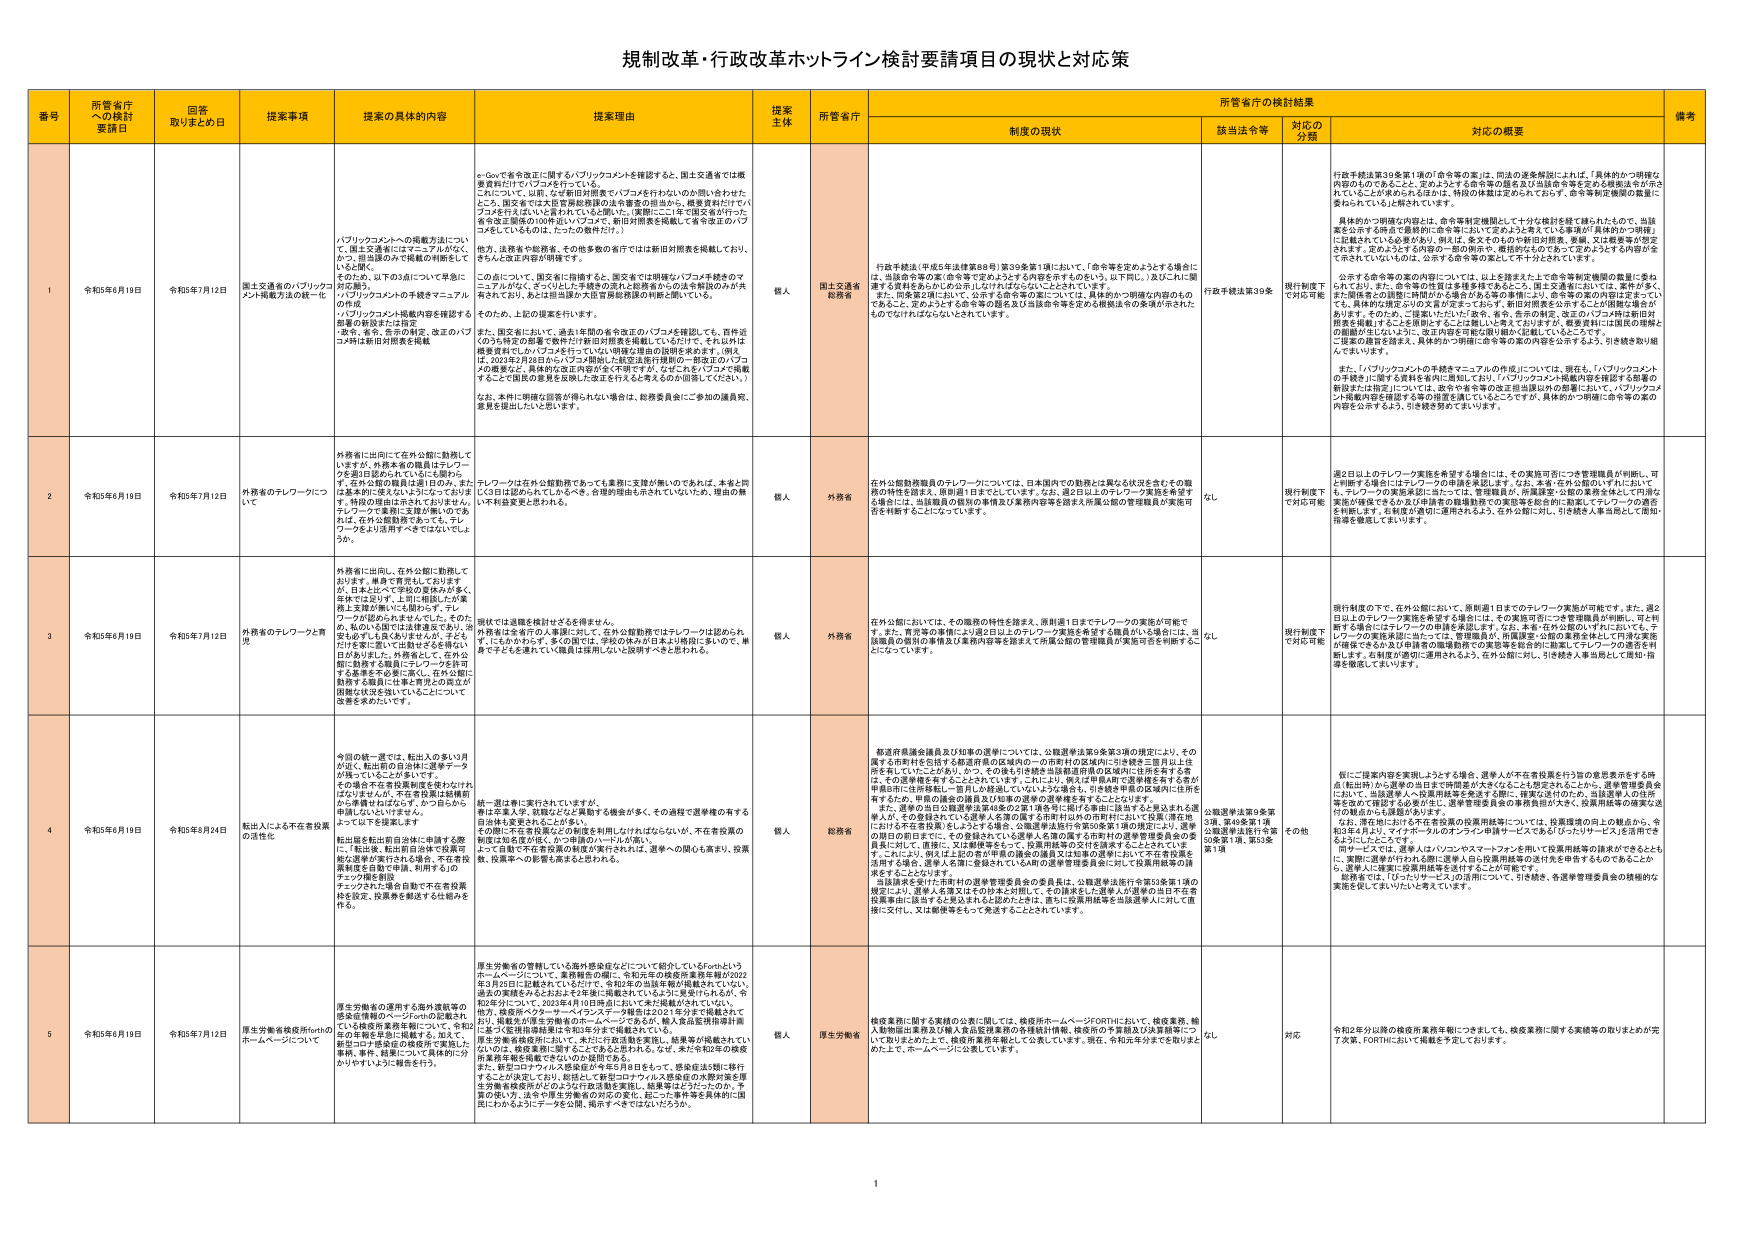
規制改革・行政改革ホットライン検討要請項目の現状と対応策

番号 所管省庁への検討要請日 回答取りまとめ日 提案事項 提案の具体的内容 提案理由 提案主体 所管庁 制度の現状 該当法令等 対応の分類 対応の概要 備考

1 令和5年6月19日 令和5年7月12日 国土交通省のバブリックコメント掲載方法の統一化 バブリックコメントの掲載方法について、国土交通省にはマニュアルがないか？、担当課のみで掲載の判断をしていないか？ そのため、以下の3点について早急に対応を要請。 1.バブリックコメントの手続きマニュアルの作成 2.バブリックコメント掲載内容を掲載する部署の新設または指定 3.愛知、東京、奈良の航空、改正のバブコメは事前対照表を掲載 e-Govで年令改正に関するバブリックコメントを確認すると、国土交通省では概要資料だけやバブコメを行っている。これについて、以前、なぜ新旧対照表でバブコメを行わないのか問い合わせたところ、国交省では大官僚局設置の法令審査の担当から、概要資料だけにバブコメを行うことはいいと言われていると聞いた。（実際にはここ1年で国交省が行った各令改正関連の内容はバブコメで、新旧対照表を掲載して各令改正のバブコメをしているものも、たったの数件だけ。） 地方、法務省や総務省、その他多数の省庁では新旧対照表を掲載しており、きちんと改正内容が明確です。 この点について、国交省に指摘すると、国交省では明確なバブコメ手続きのマニュアルがない、そこらしが、手続きの混乱も生じるのを回避のため共有されており、あとは担当課の大官僚局設置の判断に頼っている。 そのため、上記の提案を行います。 また、国交省において、過去1年間の各令改正のバブコメを確認しても、西件近のうち特定の部署で数件だけ新旧対照表を掲載しているだけで、それ以外は概要資料でしかバブコメを行っていない明確な理由の説明を求めます。（例えば、2021年2月28日にバブコメ開始した航空法施行規則の一部改正のバブコメの概要など、具体的な改正内容が全く不明ですが、なぜこのもバブコメで掲載するこでで国民の意見を反映した改正を行うと考えるのか説明してください。） なお、本件に明確な回答が得られない場合は、総務委員会にご参加の議員宛、要望を提出したいと思います。 個人 国土交通省 総務省 行政手続法（平成5年法律第88号）第39条第1項において、「命令等を定めようとする場合に、当該命令等の案（命令等で定めるようとする内容を示すものもいえ、以下同じ。）及びこれに関連する資料を公表しなければならない」とされています。 また、同条第2項において、公示する命令等の案については、具体的かつ明確な内容のものであると、定めるようとする命令等の趣旨及び当該命令等を定める根拠法令の条項が示されたものでなければならないとされています。 行政手続法第39条 現行制度下で対応可能 行政手続法第39条第1項の「命令等の案」は、同法の定義解釈によれば、「具体的かつ明確な内容のものであることと、定めようする命令等の趣旨及び当該命令等を定める根拠法令が示されていることが求められるのは、特段の件数は定められておらず、命令等制定機関の裁量に委ねられている」と解されています。 具体的かつ明確な内容とは、命令等制定機関として十分な検討を経たものとして、当該案を公示する時点で最終的に命令等において定めようと考えている事項が「具体的かつ明確」に記載されている必要があります。例えば、案そのもののや新旧対照表、要綱、又は概要等が想定されます。定めようとする内容の一部の例示や、概要的なものであって定めようとする内容が全く示されていないものは、公示する命令等の案として不十分とされています。 公示する命令等の案の内容については、以上を踏まえた上で命令等制定機関の裁量に委ねられており、また、命令等の性質は多種多様であること、国土交通省においては、案件が多く、一関係者との調整に時間がかかる場合がある等の事情により、命令等の案の内容は定まっていても、具体的な改正の切り口まで定まっておらず、新旧対照表を公示することが困難な場合があります。そのため、一括案にわたった「案を、考え、告示の様式、改正のバブコメ時に新旧対照表を掲載することを原則とする」とは難しいと考えておりますが、概要資料には国民の理解との距離が生じないように、改正内容を可能な限り細かく記載していきたいところです。 ご提案の趣旨を踏まえ、具体的かつ明確に命令等の案の内容を公示するよう、引き続き取り組んでまいります。 また、「バブリックコメントの手続きマニュアルの作成」については、現在も、「バブリックコメントの手順を」に関する資料を省庁に周知しており、「バブリックコメント掲載内容を掲載する部署の新設または指定」については、政令や省令等の改正担当課以外の部署において、バブリックコメント掲載内容を確認する等の措置を講じているところですが、具体的かつ明確に命令等の案の内容を公示するよう、引き続き努めてまいります。

2 令和5年6月19日 令和5年7月12日 外務省のテレワークについて 外務省に出向にて在外公館に勤務していますが、外務本省の職員はテレワークを週1日認められているにも関わらず、在外公館の職員は週1日のみ、または基本的にはテレワークは認められず、特段の理由は示されておりません。テレワークで業務に支障が無いのであれば、在外公館限定であっても、テレワークをより活用すべきではないでしょうか。 テレワークは在外公館勤務であっても業務に支障が無いのであれば、本省と同しく1日は認められているにもかかわらず、在外公館は認められていないため、理由の無しで不利益を受けるとされる。 個人 外務省 在外公館勤務職員のテレワークについては、日本国内での勤務とは異なり状況を含むその職務の特性を踏まえ、個別に判断をしています。なお、週2日以上のテレワーク実施を希望する場合は、当該職員の個別の事情及び業務内容等を踏まえ所属公館の管理職員が実施可否を判断することになっています。 なし 現行制度下で対応可能 週2日以上のテレワーク実施を希望する場合には、その実施可否につき管理職員が判断し、可と判断する場合にはテレワークの申請を承認します。なお、本省・在外公館のいずれにおいても、テレワークの実施承認に当たっては、管理職員が、所属課室・公館の業務全体として円滑な実施が確保できるか及び申請者の職務勤務での実施等を総合的に勘案してテレワークの適否を判断します。各制度が適切に運用されるよう、在外公館に対し、引き続き人事当局として周知・指導を徹底してまいります。

3 令和5年6月19日 令和5年7月12日 外務省のテレワークと育児 外務省に出向し、在外公館に勤務していますが、単身で育児をしておりますが、日本に比べて学校の夏休みが多く、母体では応じず、上司に相談したが業務上支障が無いにも関わらず、テレワークの認可はされませんでした。そのため、私のいる国では法規遵守であり、治安も必ずしも良くはありませが、子どもだけを家に置いて出社せざるを得ない日々がしました。外務省として、在外公館に勤務する職員にテレワークを許可する基準を不要に高く、在外公館に勤務する職員には事実育児の負担が国際な状況を強いていることについて改善を求めたいです。 現状では退職を検討せざるを得ません。 外務省は各府の人事局に対して、在外公館勤務ではテレワークは認められず、どちらかの子、多くの国では、学校の休みが日本より長因に多いので、単身で子どもを連れていく職員は採用しないと説明すべきと思われます。 個人 外務省 在外公館においては、その職務の特性を踏まえ、原則週1日までテレワークの実施が可能で す。また、育児等の事情により週2日以上のテレワーク実施を希望する職員がいる場合には、当該職員の個別の事情及び業務内容等を踏まえて所属公館の管理職員が実施可否を判断する ことになっています。 なし 現行制度下で対応可能 現行制度の下で、在外公館において、原則週1日までテレワーク実施が可能です。また、週2日以上のテレワーク実施を希望する場合には、その実施可否につき管理職員が判断し、可と判断する場合にはテレワークの申請を承認します。なお、本省・在外公館のいずれにおいても、テレワークの実施承認に当たっては、管理職員が、所属課室・公館の業務全体として円滑な実施が確保できるか及び申請者の職務勤務での実施等を総合的に勘案してテレワークの適否を判断します。各制度が適切に運用されるよう、在外公館に対し、引き続き人事当局として周知・指導を徹底してまいります。

4 令和5年6月19日 令和5年6月24日 転出入による不在者投票の活性化 今回の統一選では、転出入の多い月が近く、転出前の自治体に選挙データが残っていることが多く、その場合不在者投票制度を使わなければいけませんが、不在者投票は選挙前から準備せねばならず、かつ日から申請しないといけません。 よって以下を提案。 転出届を転出前自治体に申請する際 に、「転出後、転出前自治体で投票可能な選挙が実行される場合、不在者投票制度を自動で申請、利用する」のチェック欄を新設 チェックされた場合 自動で不在者投票枠を設定、投票券を郵送する仕組みを作る。 統一選は事前に実行されていですが、 申請は本人手、投票などは実施する機会が多く、その過程で選挙権の有する自治体も変更されることが多い。 その際に不在者投票などの制度を利用しなければならないが、不在者投票の制度は知る者が少なく、かつ申請のハードルが高い。 よって自動で不在者投票の制度が実行されれば、選挙への関心も高まり、投票数、投票率への影響も高まると思われる。 個人 総務省 都道府県議会議員及び知事の選挙については、公職選挙法第9条第3項の規定により、その属する市町村を住所とする都道府県の区域内への市町村の区域内に引き続き3箇月以上住所を有していたことがあり、かつ、その後も引き続き当該都道府県の区域内に住所を有する者 は、その選挙権を有することとされています。これにより、例えば甲地A町で選挙権を有する者が甲県B市に住所移転し、翌月しか確認していないような場合も、引き続き甲県の区域内に住所を有するため、甲県の議会の議員及び知事の選挙の選挙権を有することになります。 また、選挙の当日は職務委託等4条の2第1項各号に掲げる事由に該当する申込または選挙人た、その登録されている選挙人名簿の属する市町村以外の市町村において投票（選出地）における不在投票」という仕組み、公職選挙法施行令第60条第1項の規定により、選挙の期日の前日までに、その登録されている選挙人名簿の属する市町村の選挙管理委員会の委員長に対して、直接に、又は郵便等をもって、投票用紙等の交付を請求することができる。 す。これにより、例えば上記の者が甲県の議会の議員又は知事の選挙において不在者投票を活用する場合、選挙人名簿に登録されているAB市の選挙管理委員会に対して投票用紙等の請求をすることとなります。 市民請求を受けた市町村の選挙管理委員会の委員長は、公職選挙法施行令第53条第1項の規定により、選挙人名簿又はその分本と対照して、その請求をした選挙人が選挙の当日不在者投票事由に該当すると見込まれると認めたときは、直ちに投票用紙等を当該選挙人に対して直接に交付し、又は郵便等をもって発送することとされています。 公職選挙法第9条第3項、第46条第1項、公職選挙法施行令第50条第1項、第53条第1項 その他 近に「提案内容を実現しようとする場合、選挙人が不在者投票を行う旨の意思表示をする時点（転出時）から選挙の当日まで間隔が大きくなることも想定されることから、選挙管理委員会において、当該選挙人へ投票用紙等を発送する際に、投票を受付のため、当該選挙人の住所等を改めて確認する必要があり、選挙管理委員会の事務負担が大きく、投票用紙等の廃棄など 付の軽減がやむを得ない点があります。 「ローゼビスでは、選挙人はパソコンやスマートフォンを用いて投票用紙等の請求ができるとともに、実際に選挙が行われる際に選挙人自ら投票用紙等の送付先を申告するものであることから、選挙人に確実に投票用紙等を送付することが可能です。 総務省では、「ひらたいサービス」の活用について、引き続き、各選挙管理委員会の積極的な実施を促してまいりたいと考えています。

5 令和5年6月19日 令和5年7月12日 厚生労働省検疫所forthのホームページについて 厚生労働省の運用する海外渡航等の感染症情報のページforthの記載され ている検疫所業務年報について、令和2 年の年報を手元に掲載する。加えて、検疫コロナ感染症の検疫所で実施した 事例、事件、結果について具体的に分 かりやすいように掲載を行う。 厚生労働省の管轄している海外感染症などについて紹介しているForthというホームページについて、業務報告の欄に、令和元年の検疫所業務年報が2022年3月2日に記載されていただけで、令和2年の当該年報が掲載されていない。 過去の実績をみるおおよそ1年後に掲載されているように見受けられるが、令和2年分について、2023年4月10日時点において未だ掲載がされていない。 他方、検疫所ヘッドマーケットのページで掲載は2021年2月で掲載されており、掲載先が厚生労働省のホームページであるが、輸入食品監視指導計画等の実施状況の情報は、令和2年分まで掲載されている。 厚生労働省検疫所において、未だに行政活動を実施し、結果等が掲載されていないのは、検疫業務に関することもあるとされる。なぜ、未だ令和2年の検疫所業務年報を掲載できないのか疑問である。 また、新型コロナウイルス感染症が今年5月8日をもって、感染症法5類に移行するとの決まりであり、検疫として新型コロナウイルス感染症の本格的業務を厚生労働省検疫所がどのように行政活動を実施し、結果等はどうだったのか、予算の使い方、法令や厚生労働省の行政の変化、起こった事件等を具体的に国民にわかるようにデータを公開、掲示すべきではないだろうか。 個人 厚生労働省 検疫業務に関する実績の公表に関しては、検疫所ホームページFORTHにおいて、検疫業務、輸入動物団体業務及び輸入食品監視業務の各課題計画等、検疫所の各業務及び決算情報につ いて取りまとめた上で、検疫所業務年報として公表しています。現在、令和元年分までを掲載したの上で、ホームページに公表しています。 なし 対応 令和2年分以降の検疫所業務年報につきましても、検疫業務に関する実績等の取りまとめが完了次第、FORTHにおいて掲載を予定しております。

1